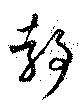
靜